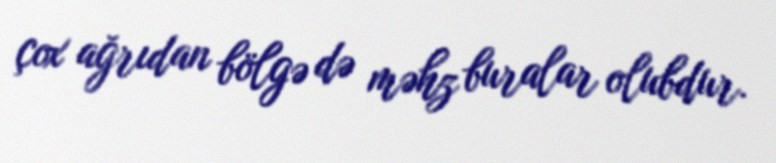
çox ağrıdan bölgə də məhz buralar olubdur.